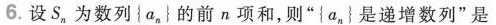
6.设S_{n}，为数列\left \{a_{n}\right \}的前n项和，则“\left \{a_{n}\right \}是递增数列”是”